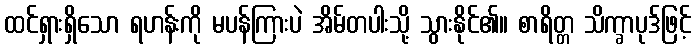
ထင်ရှားရှိသော ရဟန်းကို မပန်ကြားပဲ အိမ်တပါးသို့ သွားနိုင်၏။ စာရိတ္တ သိက္ခာပုဒ်ဖြင့်